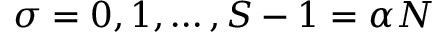
\sigma = 0 , 1 , \dots , S - 1 = \alpha N